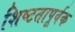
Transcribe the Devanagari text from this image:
शिष्टतापूर्वक